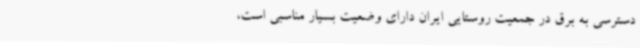
دسترسی به برق در جمعیت روستایی ایران دارای وضعیت بسیار مناسبی است،